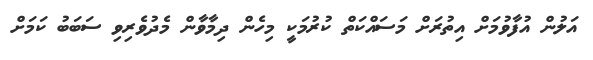
އަލުން އުފާވުމަށް އިތުރަށް މަސައްކަތް ކުރުމަކީ މިހެން ދިމާވާން މެދުވެރިވި ސަބަބު ކަމަށް